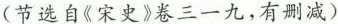
(节选自《宋史》卷三一九，有删减)